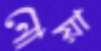
নোয়া